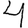
Digit: 4